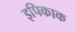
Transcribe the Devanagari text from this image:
इपिकाक